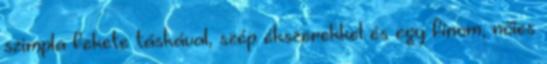
szimpla fekete táskával, szép ékszerekkel és egy finom, nőies